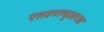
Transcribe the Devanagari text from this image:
एसडब्ल्यूआरओ